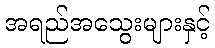
အရည်အသွေးများနှင့်